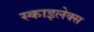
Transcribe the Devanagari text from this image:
स्काइलेक्स